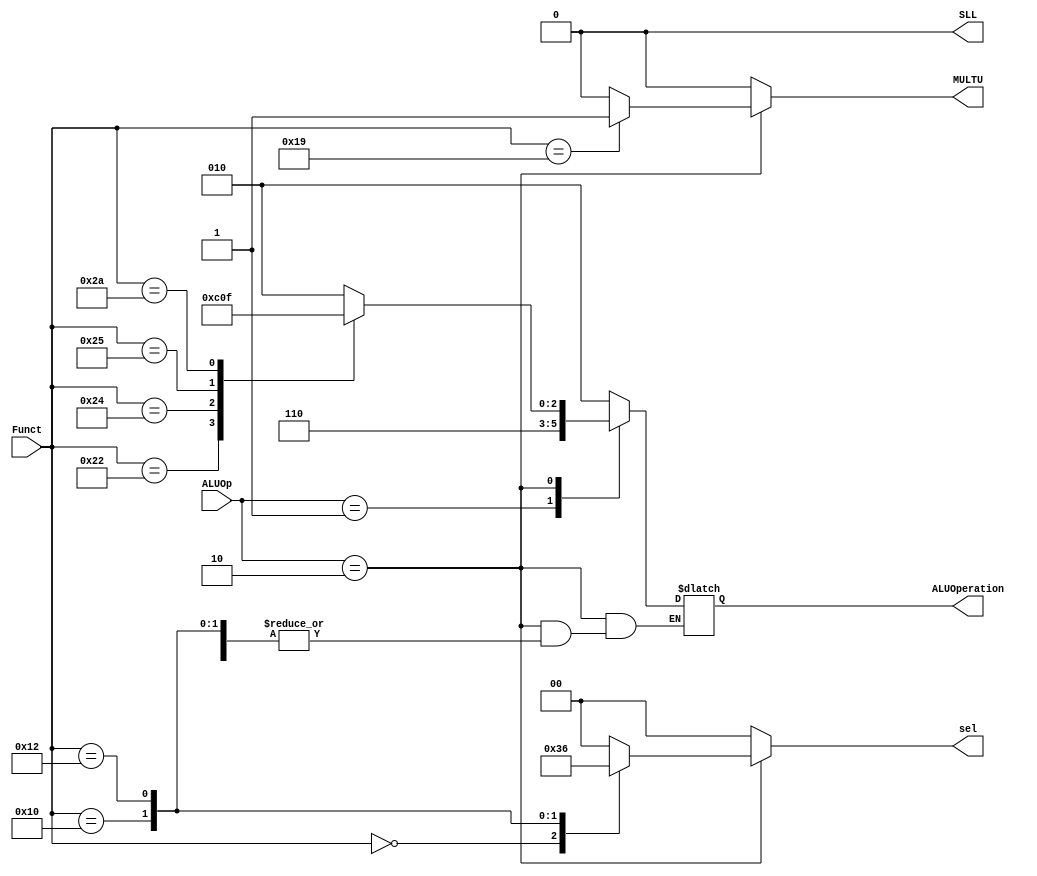
/*
	Title:	ALU Control Unit
	Author: Garfield (Computer System and Architecture Lab, ICE, CYCU)
	Input Port
		1. ALUOp: aluOn+O-OLO
		2. Funct: pGOLOho6XP_
	Output Port
		1. ALUOperation: XO
*/

module alu_ctl(ALUOp, Funct, ALUOperation, MULTU, SLL, sel);
    input [1:0] ALUOp;
    input [5:0] Funct;
    output [2:0] ALUOperation;
	output [1:0] sel;
	output MULTU, SLL;
	
    reg [2:0] ALUOperation;
	reg [1:0] sel;
	reg MULTU, SLL ;

    // symbolic constants for instruction function code
    parameter F_add = 6'd32;
    parameter F_sub = 6'd34;
    parameter F_and = 6'd36;
    parameter F_or  = 6'd37;
    parameter F_slt = 6'd42;
	parameter F_sll = 6'd0 ;
	parameter F_mul = 6'd25;
	parameter F_muhi = 6'd16;
    parameter F_mulo = 6'd18;

    // symbolic constants for ALU Operations
    parameter ALU_add = 3'b010;
    parameter ALU_sub = 3'b110;
    parameter ALU_and = 3'b000;
    parameter ALU_or  = 3'b001;
    parameter ALU_slt = 3'b111;

    always @(ALUOp or Funct)
    begin
		MULTU = 1'b0 ;
		SLL = 1'b0 ;
		sel = 2'b00 ;
        case (ALUOp)
            2'b00 : ALUOperation = ALU_add;
            2'b01 : ALUOperation = ALU_sub;
            2'b10 : case (Funct) 
                        F_add : ALUOperation = ALU_add;
                        F_sub : ALUOperation = ALU_sub;
                        F_and : ALUOperation = ALU_and;
                        F_or  : ALUOperation = ALU_or;
                        F_slt : ALUOperation = ALU_slt;
						F_sll : sel = 2'b11;
						F_sll : SLL = 1'b1 ;
						F_mul : MULTU = 1'b1;
						F_muhi : sel = 2'b01;
						F_mulo : sel = 2'b10;
                        default ALUOperation = 3'bxxx;
                    endcase
            default ALUOperation = 3'bxxx;
        endcase
    end
endmodule